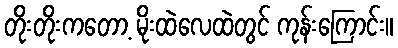
တိုးတိုးကတော့ မိုးထဲလေထဲတွင် ကုန်းကြောင်း။